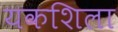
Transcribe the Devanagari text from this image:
यकशिला